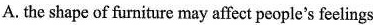
A. the shape of furniture may affet people's feclings